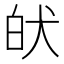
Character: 𤝡